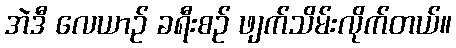
အဲဒီ လေယာဉ် ခရီးစဉ် ဖျက်သိမ်းလိုက်တယ်။